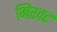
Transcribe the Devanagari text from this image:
मिरवट